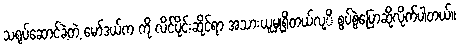
သရုပ်ဆောင်ခဲ့တဲ့ မော်ဒယ်က ကို လိင်ပိုင်းဆိုင်ရာ အသားယူမှုရှိတယ်လု့ိ စွပ်စွဲပြောဆိုလိုက်ပါတယ်။